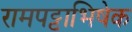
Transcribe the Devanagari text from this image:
रामपट्टाभिषेक